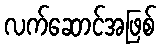
လက်ဆောင်အဖြစ်